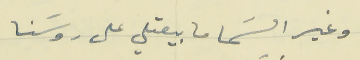
وغير السَما ما بيعتلي على روسَنا